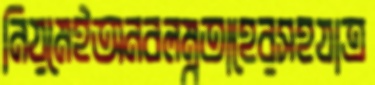
নিয়মেইঅনবলম্বতাহেরসহযাত্র